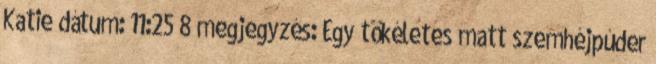
Katie dátum: 11:25 8 megjegyzés: Egy tökéletes matt szemhéjpúder